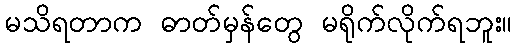
မသိရတာက ဓာတ်မှန်တွေ မရိုက်လိုက်ရဘူး။